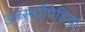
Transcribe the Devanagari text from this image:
अब्सर्दोपेडिया